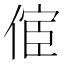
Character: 𠋪